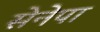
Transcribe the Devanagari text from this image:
सेनेपा